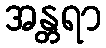
အန္တရာ